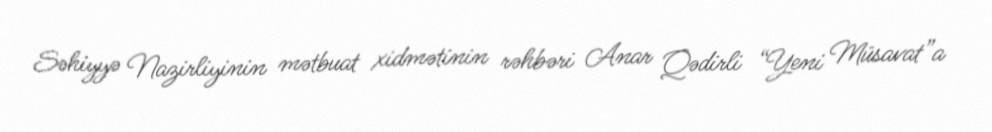
Səhiyyə Nazirliyinin mətbuat xidmətinin rəhbəri Anar Qədirli “Yeni Müsavat”a